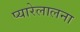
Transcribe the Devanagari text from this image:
प्यारेलालना